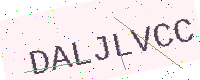
Text: DALJLVCC